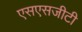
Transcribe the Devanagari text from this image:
एसएसजीटी